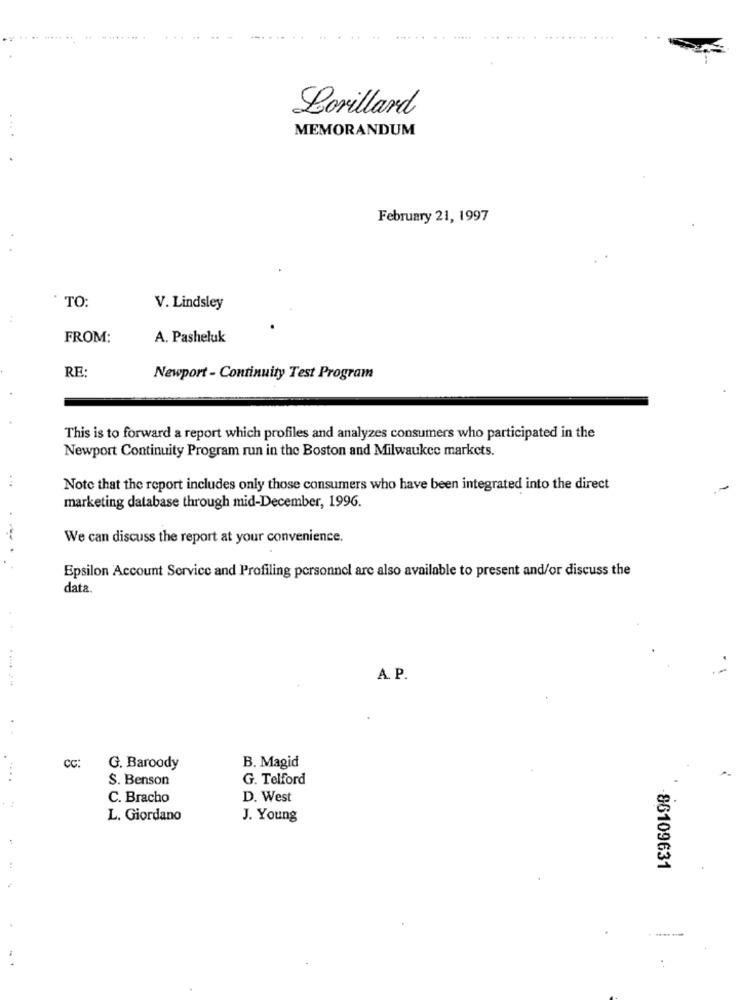
Lorillard
MEMORANDUM
February 21, 1997
TO:
V. Lindsley
FROM:
A. Pasheluk
RE
Newport - Continuity Test Program
This is to forward a report which profiles and analyzes consumers who participated in the
Newport Continuity Program run in the Boston and Milwaukee markets.
Note that the report includes only those consumers who have been integrated into the direct
marketing database through mid-December, 1996.
We can discuss the report at your convenience.
Epsilon Account Service and Profiling personnel are also available to present and/or discuss the
data.
A. P.
CC:
G. Baroody
B. Magid
S. Benson
G. Telford
C. Bracho
D. West
L. Giordano
J. Young
-86109631